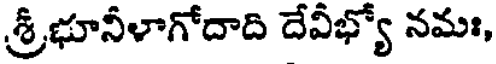
శ్రీభూనీళాగోదాది దేవీభ్యో నమః,